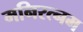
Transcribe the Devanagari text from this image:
मनिरत्नम